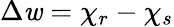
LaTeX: \Delta\mathit{w}=\chi_{r}-\chi_{s}